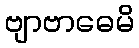
ဗျာဗာဓေမိ